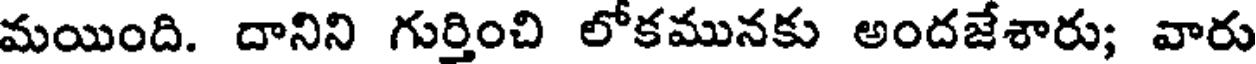
మయింది. దానిని గుర్తించి లోకమునకు అందజేశారు; వారు